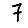
Digit: 7